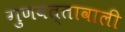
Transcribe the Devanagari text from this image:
गुणवत्तावाली